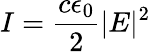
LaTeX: I=\frac{c\epsilon_{0}}{2}|E|^{2}